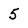
Character: 5